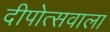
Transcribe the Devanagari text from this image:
दीपोत्सवाला